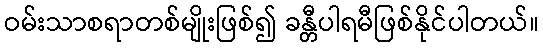
ဝမ်းသာစရာတစ်မျိုးဖြစ်၍ ခန္တီပါရမီဖြစ်နိုင်ပါတယ်။